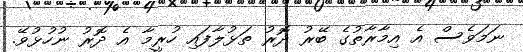
ނަމަވެސް އެ އިމާރާތުގެ ބޭރު ދޮރު ތަޅުލާފައި ހުރީމާ އެ ދޮރު ނުހުޅުވޭ.